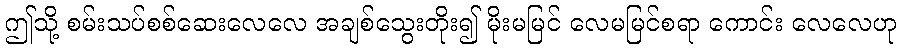
ဤသို့ စမ်းသပ်စစ်ဆေးလေလေ အချစ်သွေးတိုး၍ မိုးမမြင် လေမမြင်စရာ ကောင်း လေလေဟု